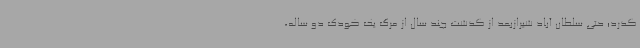
گذرد؛ حتی سلطان آباد شیرازبعد از گذشت چند سال از مرگ یک کودک دو ساله،